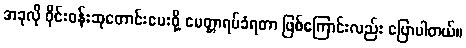
အခုလို ဝိုင်းဝန်းဆုတောင်းပေးဖို့ မေတ္တာရပ်ခံရတာ ဖြစ်ကြောင်းလည်း ပြောပါတယ်။